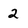
Character: 2